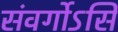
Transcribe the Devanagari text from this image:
संवर्गोऽसि